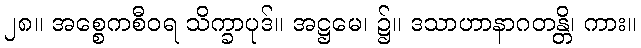
၂၈။ အစ္စေကစီဝရ သိက္ခာပုဒ်။ အဋ္ဌမေ၊ ၌။ ဒသာဟာနာဂတန္တိ၊ ကား။